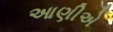
આણીએ